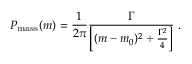
P _ { \mathrm { m a s s } } ( m ) = \frac { 1 } { 2 \pi } \frac { \Gamma } { \left[ ( m - m _ { 0 } ) ^ { 2 } + \frac { \Gamma ^ { 2 } } { 4 } \right] } \; .